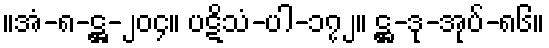
။အံ-၈-ဋ္ဌ-၂၀၄။ ပဋိသံ-ပါ-၁၇၂။ ဋ္ဌ-ဒု-အုပ်-၈၆။